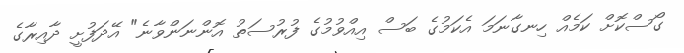
ގޯސްކޮށް ކަމެއް ހިނގާނަމަ އެކަމުގެ ބަސް އިއްވުމުގެ ފުރުސަތު އޮންނަންވާނެ" އޭދަފުށީ ދާއިރާގެ